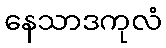
နေသာဒကုလံ